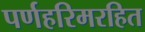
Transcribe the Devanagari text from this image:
पर्णहरिमरहित